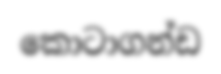
කොටාගන්ඩ